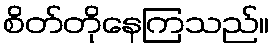
စိတ်တိုနေကြသည်။